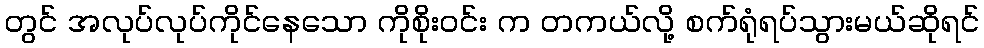
တွင် အလုပ်လုပ်ကိုင်နေသော ကိုစိုးဝင်း က တကယ်လို့ စက်ရုံရပ်သွားမယ်ဆိုရင်